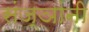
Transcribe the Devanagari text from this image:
संज्ञांनी